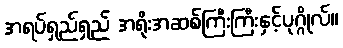
အရပ်ရှည်ရှည် အရိုးအဆစ်ကြီးကြီးနှင့်ပုဂ္ဂိုလ်။